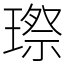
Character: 㻮